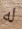
له